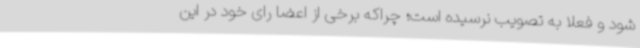
شود و فعلا به تصویب نرسیده است؛ چراکه برخی از اعضا رای خود در این